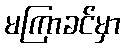
မကြာခင်မှာ